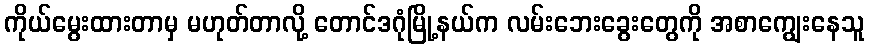
ကိုယ်မွေးထားတာမှ မဟုတ်တာလို့ တောင်ဒဂုံမြို့နယ်က လမ်းဘေးခွေးတွေကို အစာကျွေးနေသူ